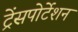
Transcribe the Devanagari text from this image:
ट्रेंसपोर्टेशन